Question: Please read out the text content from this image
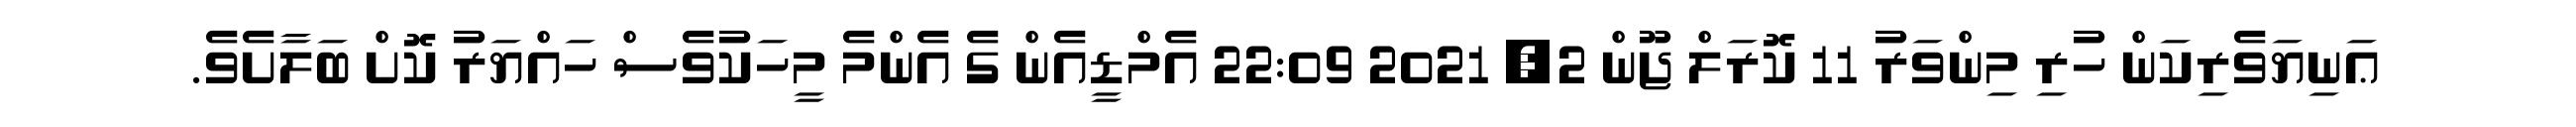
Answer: ޢަނިޔަވެރިކަން ހުރި މިންވަރު 11 ކޮރަލް ޖޫން 2, 2021 22:09 އެމްޑީއެން ގެ އެންމެ މީހަކުވެސް ހައްޔަރު ކޮށް ބަލާށެވެ.